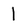
Character: l